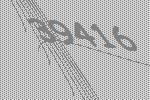
39416